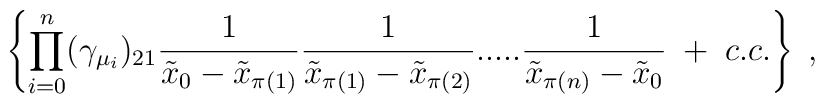
\left\{ \prod_{i=0}^n (\gamma_{\mu_i})_{21}\frac{1}{\tilde{x}_0 - \tilde{x}_{\pi(1)}}\frac{1}{\tilde{x}_{\pi(1)} - \tilde{x}_{\pi(2)}} .....\frac{1}{\tilde{x}_{\pi(n)} - \tilde{x}_0} \; + \; c.c. \right\} \; ,